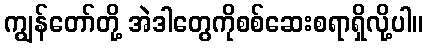
ကျွန်တော်တို့ အဲဒါတွေကိုစစ်ဆေးစရာရှိလို့ပါ။